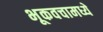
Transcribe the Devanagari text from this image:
भूकवचामध्ये